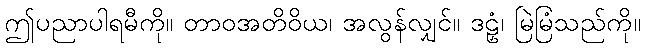
ဤပညာပါရမီကို။ တာဝအတိဝိယ၊ အလွန်လျှင်။ ဒဠှံ၊ မြဲမြံသည်ကို။